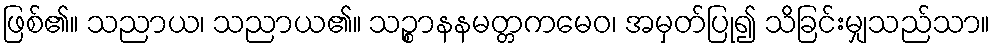
ဖြစ်၏။ သညာယ၊ သညာယ၏။ သဉ္စာနနမတ္တကမေဝ၊ အမှတ်ပြု၍ သိခြင်းမျှသည်သာ။